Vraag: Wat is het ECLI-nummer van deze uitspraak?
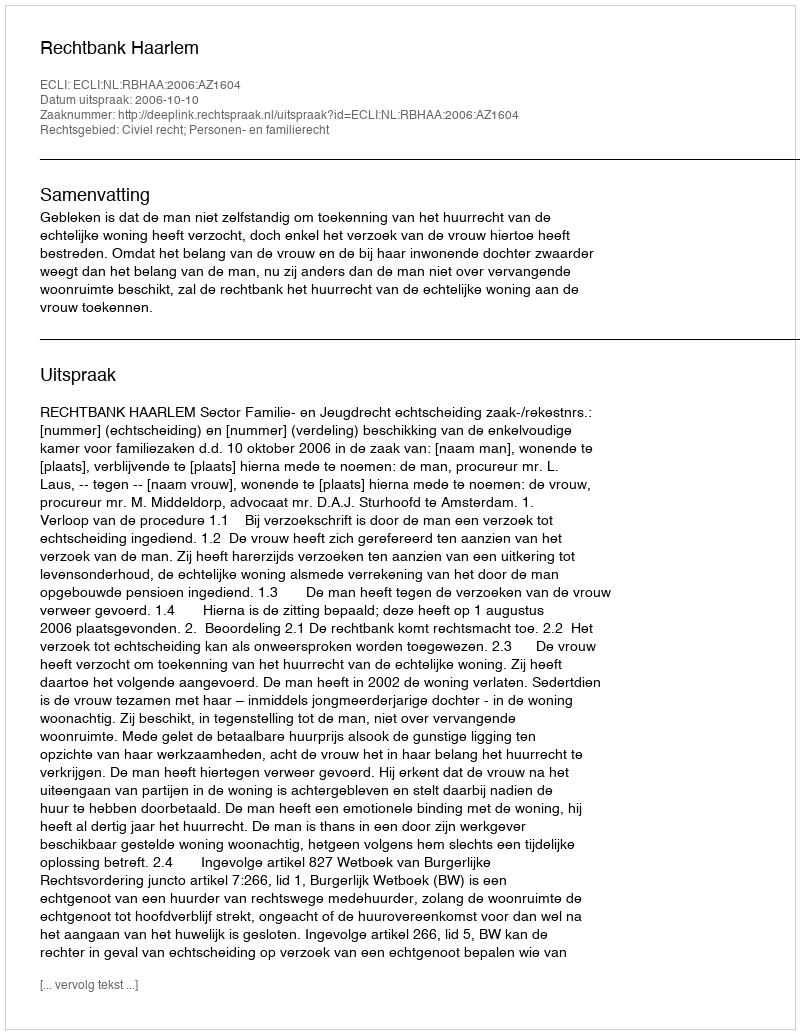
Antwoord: ECLI:NL:RBHAA:2006:AZ1604